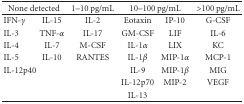
<table><thead><tr><td colspan="2"><b>None detected</b></td><td><b>1–10 pg/mL</b></td><td colspan="2"><b>10–100 pg/mL</b></td><td><b>&gt;100 pg/mL</b></td></tr></thead><tbody><tr><td>IFN-<i>γ</i></td><td>IL-15</td><td>IL-2</td><td>Eotaxin</td><td>IP-10</td><td>G-CSF</td></tr><tr><td>IL-3</td><td>TNF-<i>α</i></td><td>IL-17</td><td>GM-CSF</td><td>LIF</td><td>IL-6</td></tr><tr><td>IL-4</td><td>IL-7</td><td>M-CSF</td><td>IL-1<i>α</i></td><td>LIX</td><td>KC</td></tr><tr><td>IL-5</td><td>IL-10</td><td>RANTES</td><td>IL-1<i>β</i></td><td>MIP-1<i>α</i></td><td>MCP-1</td></tr><tr><td>IL-12p40</td><td></td><td></td><td>IL-9</td><td>MIP-1<i>β</i></td><td>MIG</td></tr><tr><td></td><td></td><td></td><td>IL-12p70</td><td>MIP-2</td><td>VEGF</td></tr><tr><td></td><td></td><td></td><td>IL-13</td><td></td><td></td></tr></tbody></table>